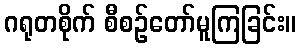
ဂရုတစိုက် စီစဉ်တော်မူကြခြင်း။